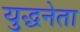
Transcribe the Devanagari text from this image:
युद्धनेता